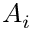
A _ { i }